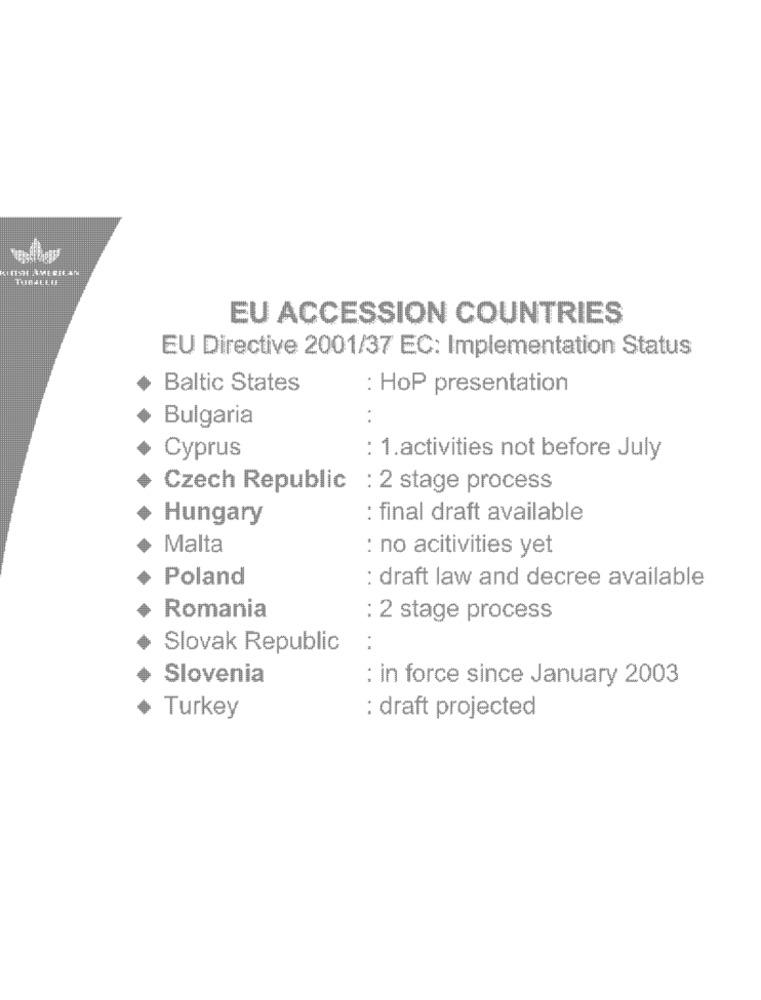
EU ACCESSION COUNTRIES
EU Directive 2001/37 EC: Implementation Status
Baltic States
: HoP presentation
Bulgaria
Cyprus
: 1.activities not before July
Czech Republic : 2 stage process
Hungary
: final draft available
Malta
: no acitivities yet
Poland
: draft law and decree available
Romania
: 2 stage process
Slovak Republic
:
Slovenia
: in force since January 2003
Turkey
: draft projected